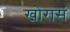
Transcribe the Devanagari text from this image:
खोरासं